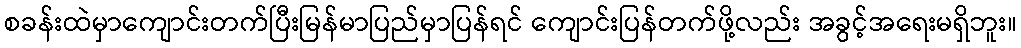
စခန်းထဲမှာကျောင်းတက်ပြီးမြန်မာပြည်မှာပြန်ရင် ကျောင်းပြန်တက်ဖို့လည်း အခွင့်အရေးမရှိဘူး။